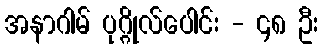
အနာဂါမ် ပုဂ္ဂိုလ်ပေါင်း - ၄၈ ဦး